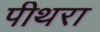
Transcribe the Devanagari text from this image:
पीथरा